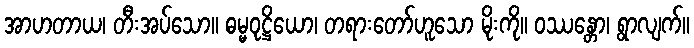
အာဟတာယ၊ တီးအပ်သော။ ဓမ္မဝုဋ္ဌိယော၊ တရားတော်ဟူသော မိုးကို။ ဝဿန္တော၊ ရွာလျက်။